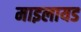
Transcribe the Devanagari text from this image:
माइलायड